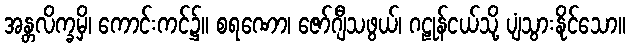
အန္တလိက္ခမှိ၊ ကောင်းကင်၌။ စရဏော၊ ဇော်ဂျီသဖွယ်၊ ဂဠုန်ငယ်သို့ ပျံသွားနိုင်သော။